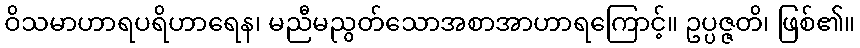
ဝိသမာဟာရပရိဟာရေန၊ မညီမညွတ်သောအစာအာဟာရကြောင့်။ ဥပ္ပဇ္ဇတိ၊ ဖြစ်၏။